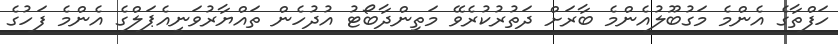
ހަފްތާގެ އެންމެ މަގުބޫލުއެންމެ ބާރަށް ދަތުރުކުރެވޭ މަތިންދާބޯޓު އުދުހެން ތައްޔާރުވަނީއެޕަލްގެ އެންމެ ފަހުގެ